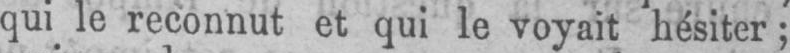
qui le reconnut et qui le voyait hésiter;